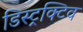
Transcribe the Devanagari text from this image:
डिस्ट्रक्टिव